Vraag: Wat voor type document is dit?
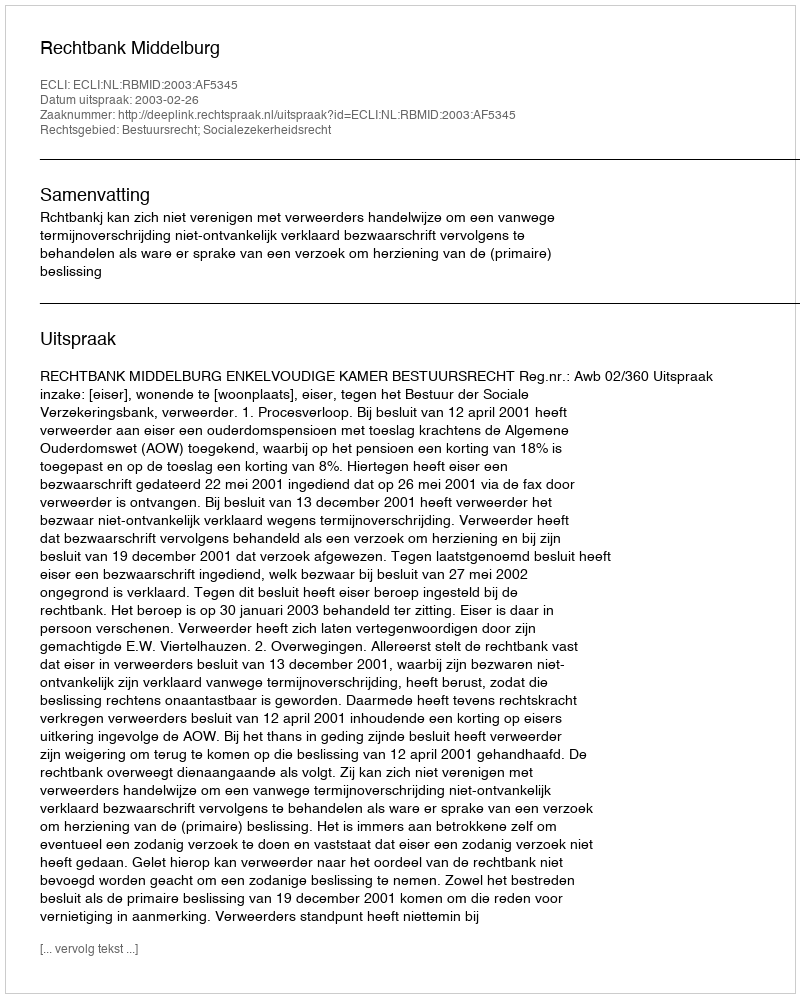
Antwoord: Uitspraak